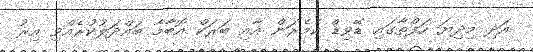
އަދި މިދިޔަ ހަފްތާގައި ޑޭވިޑް ކެމެރަން އާއި ބަރަކް އޮބާމާ ބައްދަލުކުރެއްވި އިރު